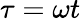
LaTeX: \tau=\omega t